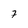
Character: 7